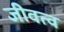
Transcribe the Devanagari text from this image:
जीवत्व